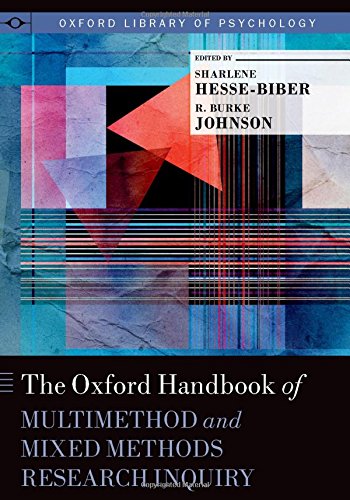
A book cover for The Oxford Handbook of Multimethod and Mixed Methods Research Inquiry (Oxford Library of Psychology); Science & Math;